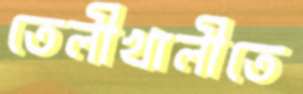
তেলীখালীতে